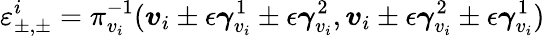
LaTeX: \varepsilon_{\pm,\pm}^{i}=\pi_{v_{i}}^{-1}(\boldsymbol{v}_{i}\pm\epsilon\boldsymbol{\gamma}_{v_{i}}^{1}\pm\epsilon\boldsymbol{\gamma}_{v_{i}}^{2},\boldsymbol{v}_{i}\pm\epsilon\boldsymbol{\gamma}_{v_{i}}^{2}\pm\epsilon\boldsymbol{\gamma}_{v_{i}}^{1})